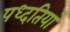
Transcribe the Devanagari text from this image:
पध्दतियां